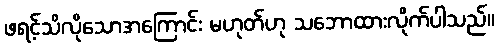
ဖရင့်သိလိုသောအကြောင်း မဟုတ်ဟု သဘောထားလိုက်ပါသည်။